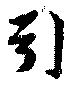
引